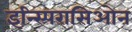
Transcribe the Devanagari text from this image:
इन्स्पिरासिओन